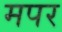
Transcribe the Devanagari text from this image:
मपर